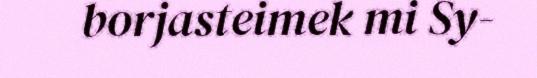
borjasteimek mi Sy-